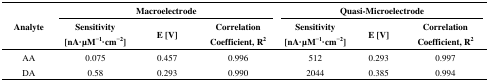
<table><thead><tr><td rowspan="3"><b>Analyte</b></td><td colspan="3"><b>Macroelectrode</b></td><td colspan="3"><b>Quasi-Microelectrode</b></td></tr><tr><td><b>Sensitivity [nA·μ M<sup>−1</sup>·cm<sup>−2</sup>]</b></td><td><b>E [V]</b></td><td><b>Correlation Coefficient, R<sup>2</sup></b></td><td><b>Sensitivity [nA·μM<sup>−1</sup>·cm<sup>−2</sup>]</b></td><td><b>E [V]</b></td><td><b>Correlation Coefficient, R<sup>2</sup></b></td></tr></thead><tbody><tr><td>AA</td><td>0.075</td><td>0.457</td><td>0.996</td><td>512</td><td>0.293</td><td>0.997</td></tr><tr><td>DA</td><td>0.58</td><td>0.293</td><td>0.990</td><td>2044</td><td>0.385</td><td>0.994</td></tr></tbody></table>